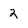
Character: 2